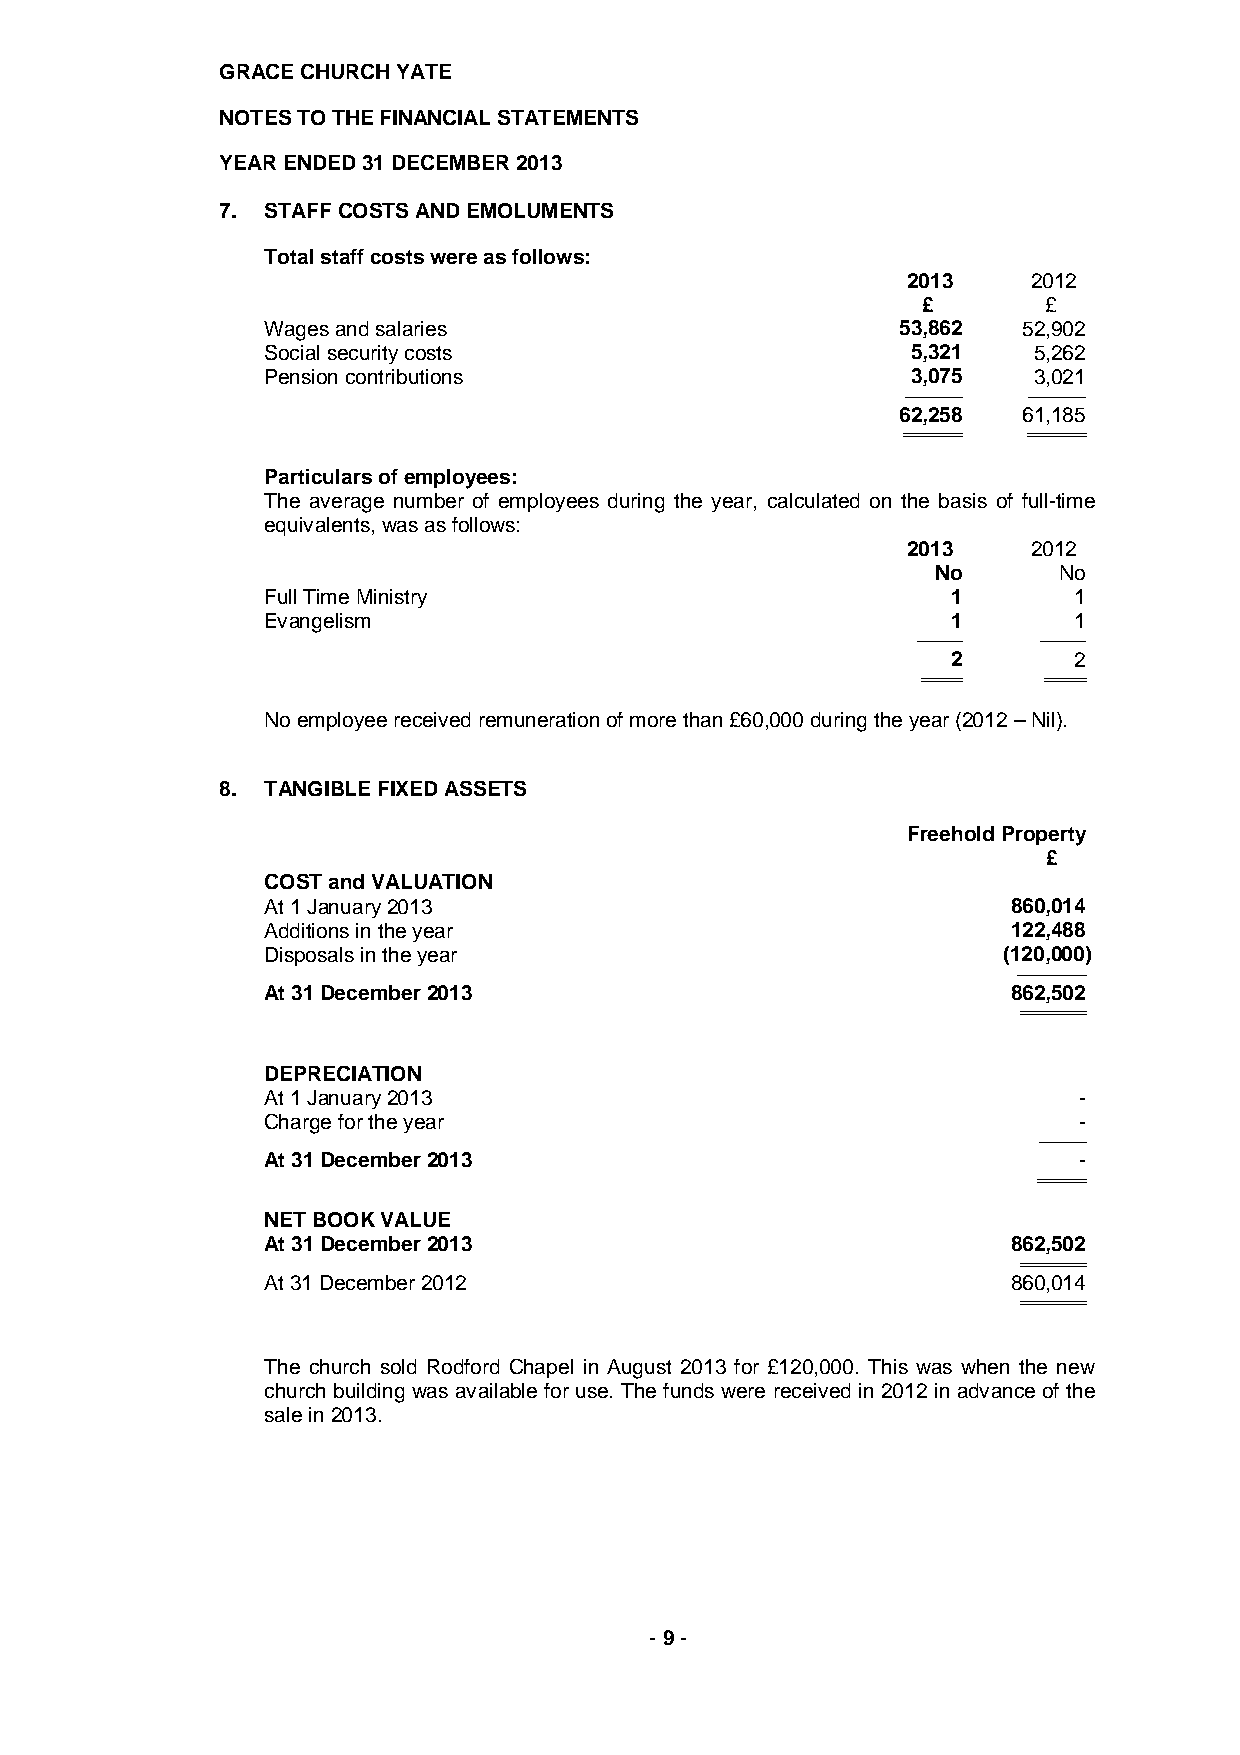
GRACE CHURCH YATE
 NOTES TO THE FINANCIAL STATEMENTS
 YEAR ENDED 31 DECEMBER 2013
 7. STAFF COSTS AND EMOLUMENTS
 Total staff costs were as follows:
 2013    2012
 £       £
 Wages and salaries                         53,862  52,902
 Social security costs                      5,321   5,262
 Pension contributions                      3,075   3,021
 ---------------------------- ----------------------------
 62,258  61,185
 ===================== ======= ======================= =====
 Particulars of employees:
 The average number of employees during the year, calculated on the basis of full-time
 equivalents, was as follows:
 2013    2012
 No      No
 Full Time Ministry                            1       1
 Evangelism                                    1       1
 ---------------------- ----------------------
 2       2
 ============== ===== ============== =====
 No employee received remuneration of more than £60,000 during the year (2012 – Nil).
 8. TANGIBLE FIXED ASSETS
 Freehold Property
 £
 COST and VALUATION
 At 1 January 2013                                 860,014
 Additions in the year                             122,488
 Disposals in the year                            (120,000)
 -------------------------------- --
 At 31 December 2013                               862,502
 ====================== ==========
 DEPRECIATION
 At 1 January 2013                                     -
 Charge for the year                                   -
 -----------------------
 At 31 December 2013                                   -
 ================== =====
 NET BOOK VALUE
 At 31 December 2013                               862,502
 ====================== ==========
 At 31 December 2012                               860,014
 ====================== ==========
 The church sold Rodford Chapel in August 2013 for £120,000. This was when the new
 church building was available for use. The funds were received in 2012 in advance of the
 sale in 2013.
 - 9 -